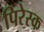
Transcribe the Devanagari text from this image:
पिरेस्क